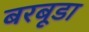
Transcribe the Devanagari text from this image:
बरबूडा